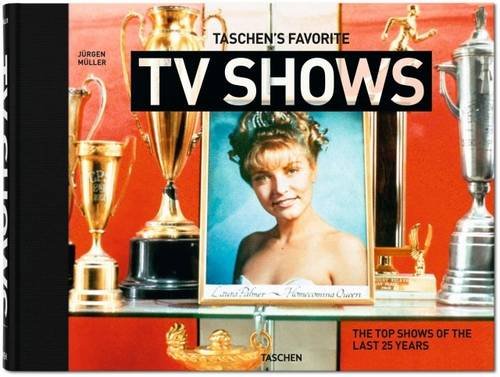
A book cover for TASCHEN's Favorite TV Shows: The top shows of the last 25 years; JÃ¼rgen MÃ¼ller; Humor & Entertainment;